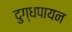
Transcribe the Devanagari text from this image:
दुग्धपायन